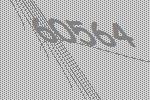
60564